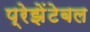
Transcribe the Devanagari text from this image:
प्रेझेंटेबल